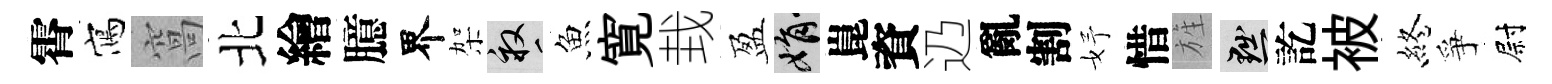
霄寫窩北繪臆界架畝魚寛㘽盈娟崑資辸亂割妤惜旌黜訖被終爭尉